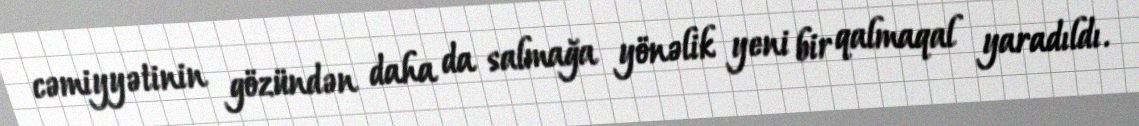
cəmiyyətinin gözündən daha da salmağa yönəlik yeni bir qalmaqal yaradıldı.